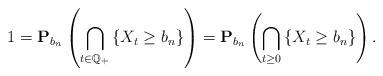
LaTeX: \begin{align*}1=\mathbf{P}_{b_n}\left(\bigcap_{t\in \mathbb{Q}_+}\left\{X_t\geq b_n \right\} \right)=\mathbf{P}_{b_n}\left(\bigcap_{t\geq 0}\left\{X_t\geq b_n \right\} \right).\end{align*}